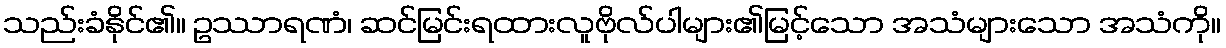
သည်းခံနိုင်၏။ ဥဿာရဏံ၊ ဆင်မြင်းရထားလူဗိုလ်ပါများ၏မြင့်သော အသံများသော အသံကို။